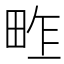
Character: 𤱴